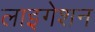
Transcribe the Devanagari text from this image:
लाइगेशन